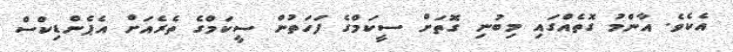
އެކެވެ. އާންމު ގޮތެއްގައި މިބުނި ގޮތަށް ސީކަމްގެ ފަހަތުން ސީކަމްގެ ތެރެއަށް އެޕެންޑިކްސް